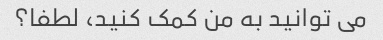
می توانید به من کمک کنید، لطفا؟